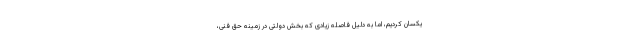
یکسان کردیم، اما به دلیل فاصله زیادی که بخش دولتی در زمینه حق فنی،